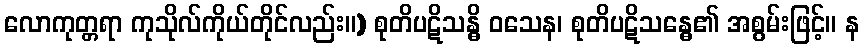
လောကုတ္တရာ ကုသိုလ်ကိုယ်တိုင်လည်း။) စုတိပဋိသန္ဓိ ဝသေန၊ စုတိပဋိသန္ဓေ၏ အစွမ်းဖြင့်။ န